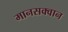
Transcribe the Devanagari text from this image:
मानसक्वान